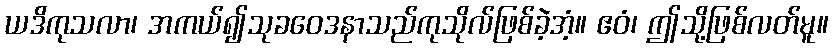
ယဒိကုသလာ၊ အကယ်၍သုခဝေဒနာသည်ကုသိုလ်ဖြစ်ခဲ့အံ့။ ဧဝံ၊ ဤသို့ဖြစ်လတ်မူ။